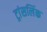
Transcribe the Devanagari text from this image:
ट्रांसलिंक